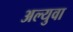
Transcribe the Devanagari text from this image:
अल्युवा